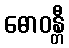
ဓောဝန္တီ